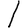
Digit: 1